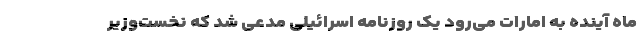
ماه آینده به امارات می‌رود یک روزنامه اسرائیلی مدعی شد که نخست‌وزیر